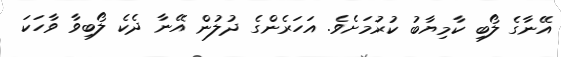
އޭނާގެ ލޯބި ކާމިޔާބު ކުރުމަށެވެ. އަހަރެންގެ ދުލުން އޭނާ ދެކެ ލޯބިވާ ވާހަކަ